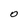
Character: O